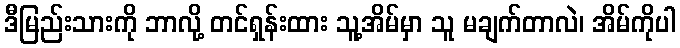
ဒီမြည်းသားကို ဘာလို့ တင်ရှန်းထား သူ့အိမ်မှာ သူ မချက်တာလဲ၊ အိမ်ကိုပါ